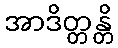
အာဒိတ္တန္တိ